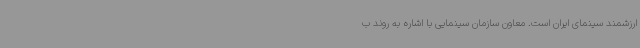
ارزشمند سینمای ایران است. معاون سازمان سینمایی با اشاره به روند ب